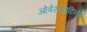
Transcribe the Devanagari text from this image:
ओबेरल्युटिनेंट